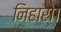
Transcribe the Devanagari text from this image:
निहारो।